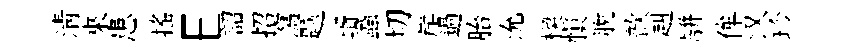
清來患摇E詔招瀉题壻蝨切岸過胎沇楔慎脫歆赳駢侔汉珍